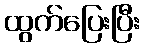
ထွက်ပြေးပြီး